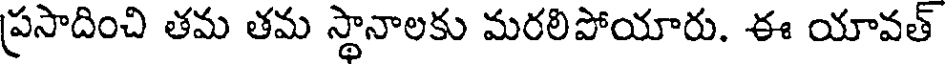
ప్రసాదించి తమ తమ స్థానాలకు మరలిపోయారు. ఈ యావత్